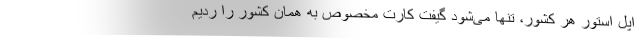
اپل استور هر کشور، تنها می‌شود گیفت کارت مخصوص به همان کشور را ردیم